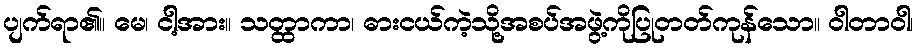
ပျက်ရာ၏။ မေ၊ ငါ့အား။ သတ္ထာကာ၊ ဓားငယ်ကဲ့သို့အစပ်အဖွဲ့ကိုပြုတတ်ကုန်သော။ ဝါတာဝါ၊